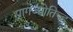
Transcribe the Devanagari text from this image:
प्रागज्योतिच्ह